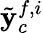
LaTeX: \tilde{\mathbf{y}}_{c}^{f,i}